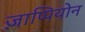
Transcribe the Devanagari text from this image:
ज़ाप्पियोन